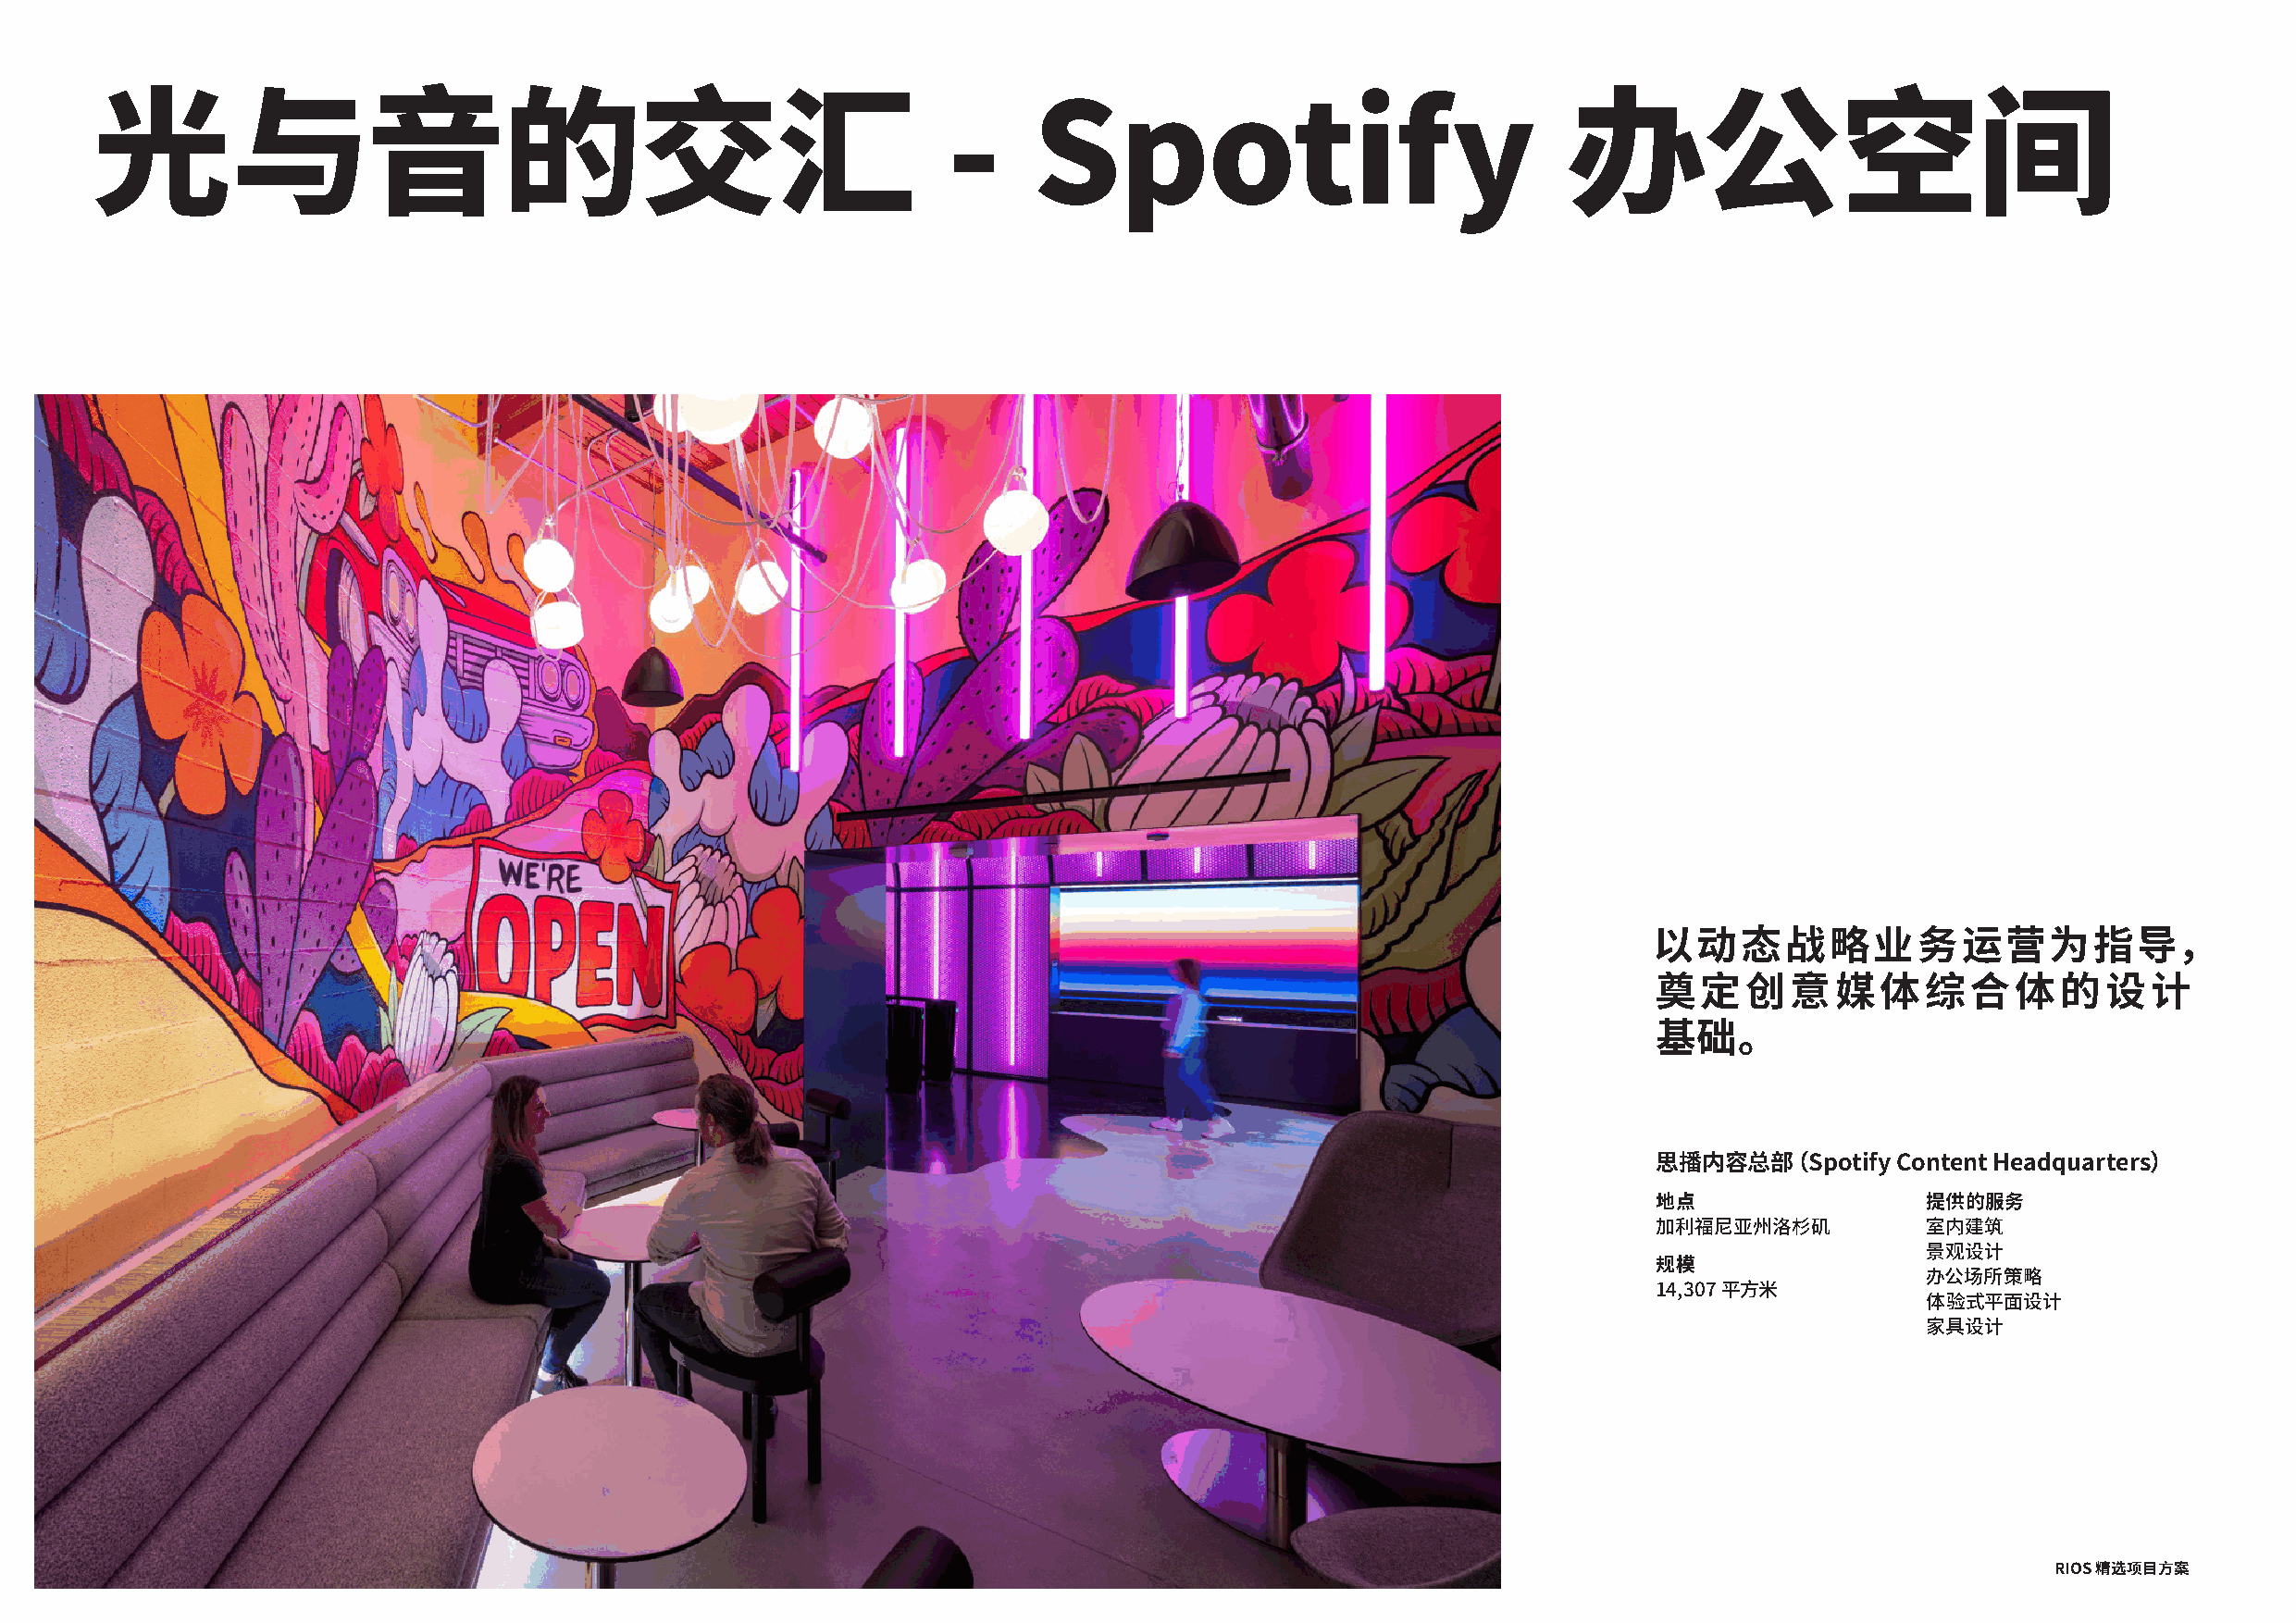
光与音的交汇                                                       -     Spotify                               办公空间
 以动态战略业务运营为指导，
 奠定创意媒体综合体的设计
 基础。
 思播内容总部（Spotify    Content Headquarters）
 地点                  提供的服务
 加利福尼亚州洛杉矶           室内建筑
 景观设计
 规模
 办公场所策略
 14,307 平方米
 体验式平面设计
 家具设计
 62                                                                                                                                          RIOS 精选项目方案